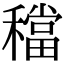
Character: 𥢷